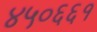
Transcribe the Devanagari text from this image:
४५०६६१